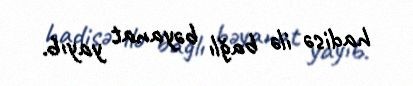
hadisə ilə bağlı bəyanat yayıb.